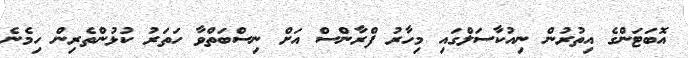
އޮބަޓަންގެ އިތުރުން ނިއުކާސަލްގައި މިހާރު ފްރާންސް އަށް ނިސްބަތްވާ ހަތަރު ކުޅުންތެރިން ހިމެނެ